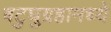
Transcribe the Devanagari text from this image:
बटुघुग्रहामध्ये